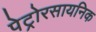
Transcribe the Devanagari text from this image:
पेट्रोरसायनिक